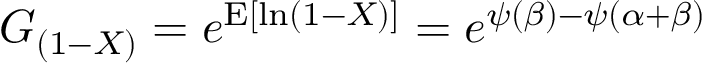
G _ { ( 1 - X ) } = e ^ { \operatorname { E } [ \ln ( 1 - X ) ] } = e ^ { \psi ( \beta ) - \psi ( \alpha + \beta ) }